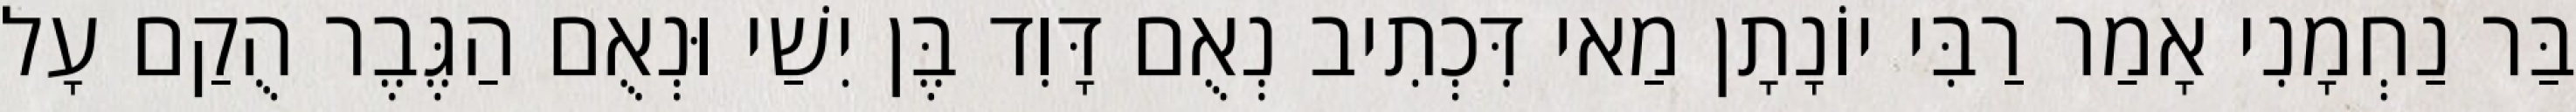
בַּר נַחְמָנִי אָמַר רַבִּי יוֹנָתָן מַאי דִּכְתִיב נְאֻם דָּוִד בֶּן יִשַׁי וּנְאֻם הַגֶּבֶר הֻקַם עָל